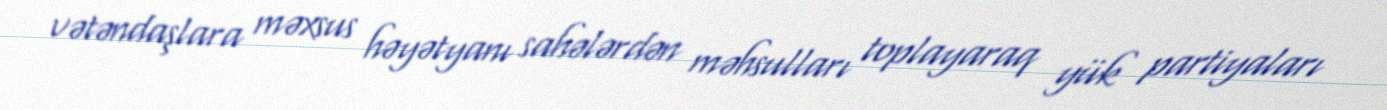
vətəndaşlara məxsus həyətyanı sahələrdən məhsulları toplayaraq yük partiyaları